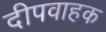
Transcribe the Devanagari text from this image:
दीपवाहक